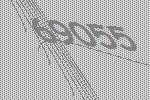
69055